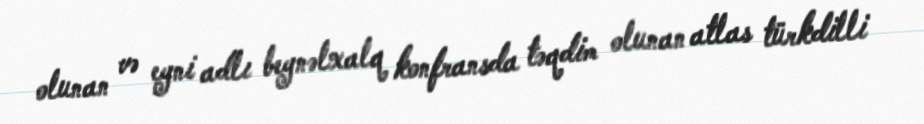
olunan və eyni adlı beynəlxalq konfransda təqdim olunan atlas türkdilli